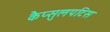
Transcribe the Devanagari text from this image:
कैप्सुलपटिस